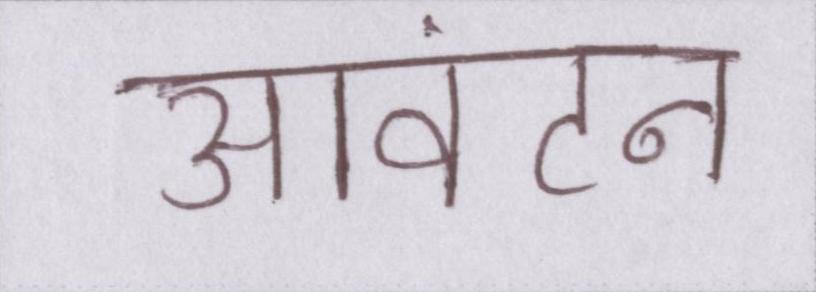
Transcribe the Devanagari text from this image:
आवंटन